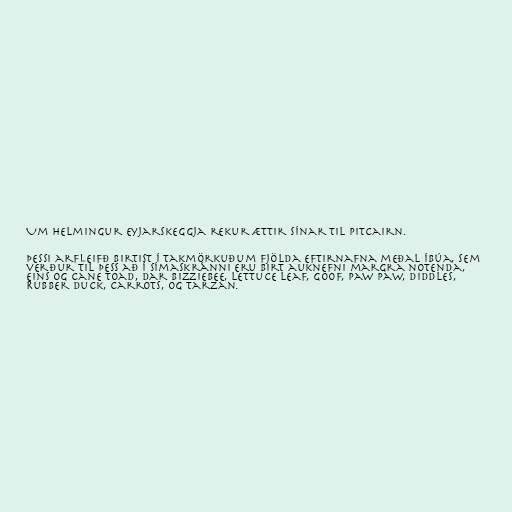
Um helmingur eyjarskeggja rekur ættir sínar til Pitcairn.

Þessi arfleifð birtist í takmörkuðum fjölda eftirnafna meðal íbúa, sem
verður til þess að í símaskránni eru birt auknefni margra notenda,
eins og Cane Toad, Dar Bizziebee, Lettuce Leaf, Goof, Paw Paw, Diddles,
Rubber Duck, Carrots, og Tarzan.